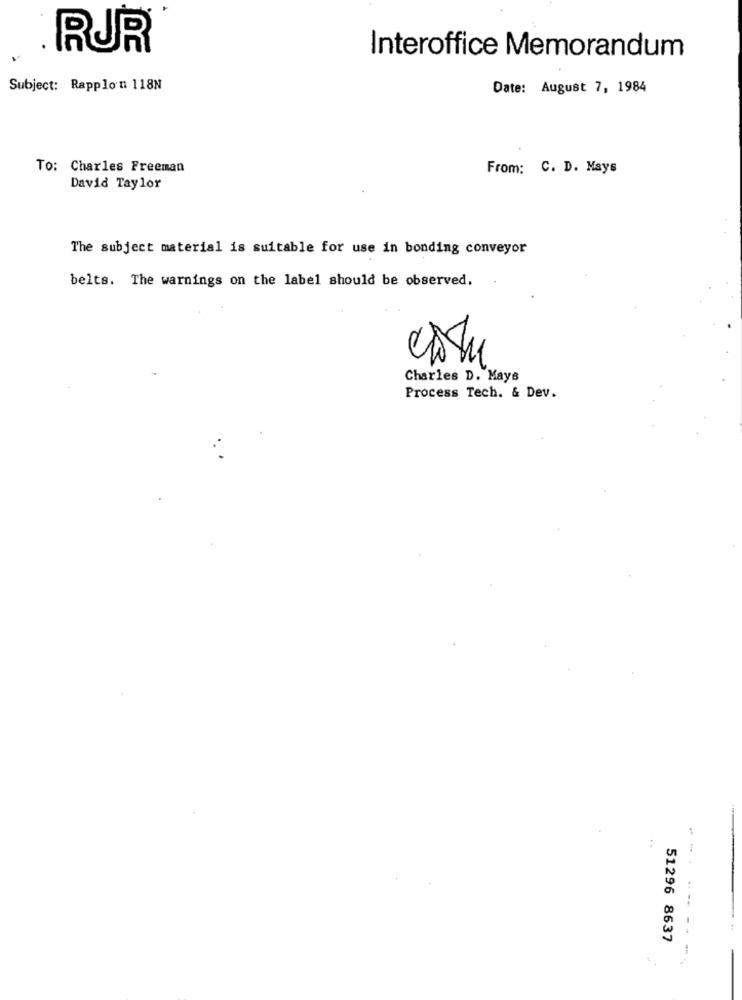
RUR
Interoffice Memorandum
Subject: Rapplon 118N
Date: August 7, 1984
To: Charles Freeman
From: C. D. Mays
David Taylor
The subject material is suitable for use in bonding conveyor
belts. The warnings on the label should be observed.
Charles D. Mays
Process Tech. & Dev.
:
--
51296 8637